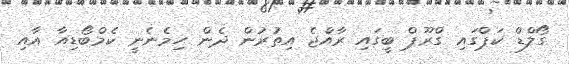
ގޯލްޑް ކަޕްގައި ގްރޫޕް ބީގައި ރާއްޖެ އިތުރުން ދެން ހިމެނެނީ ކެމްބޯޑިއާ އާއި